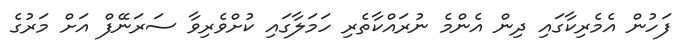
ފަހުން އެމެރިކާގައި ދިން އެންމެ ނުރައްކާތެރި ހަމަލާގައި ކުށްވެރިވާ ސަރަނޭފް އަށް މަރުގެ